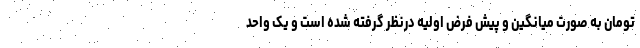
تومان به صورت میانگین و پیش فرض اولیه درنظر گرفته شده است و یک واحد